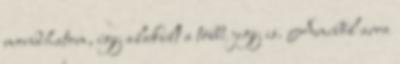
mondhatom, így alakult a többi jegy is. Amiből arra